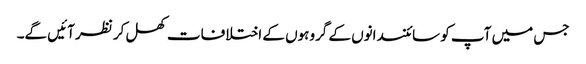
جس میں آپ کو سائنسدانوں کے گروہوں کے اختلافات کھل کر نظر آئیں گے۔